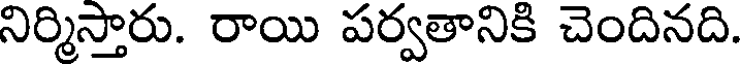
నిర్మిస్తారు. రాయి పర్వతానికి చెందినది.